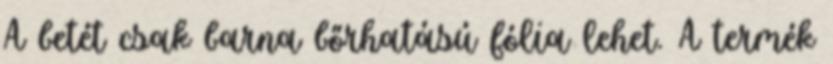
A betét csak barna bőrhatású fólia lehet. A termék